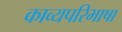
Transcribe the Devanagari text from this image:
काव्यपरिभाषा